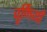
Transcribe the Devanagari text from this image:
चूर्णियाँ